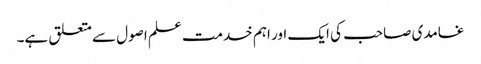
غامدی صاحب کی ایک اور اہم خدمت علم اصول سے متعلق ہے۔